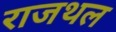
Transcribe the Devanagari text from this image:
राजथल